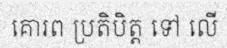
គោរព ប្រតិបិត្ត ទៅ លើ